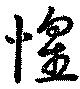
惶